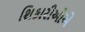
શિકારીઓએ